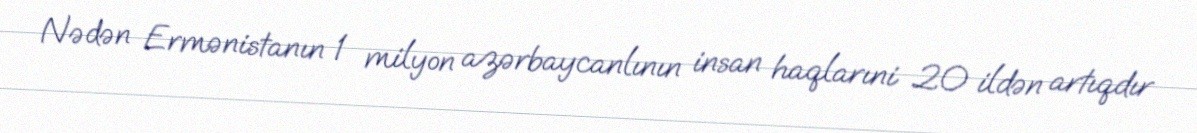
Nədən Ermənistanın 1 milyon azərbaycanlının insan haqlarıni 20 ildən artıqdır